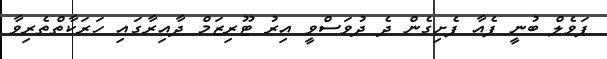
ޕަވެލް ބުނީ ފެއާ ފެށިގެން ދެ ދުވަސްވީ އިރު ޓޫރިޒަމް ދާއިރާގައި ހަރަކާތްތެރިވާ